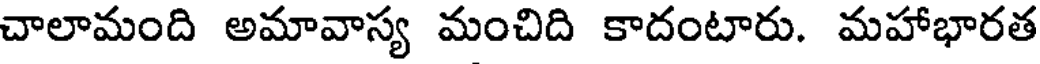
చాలామంది అమావాస్య మంచిది కాదంటారు. మహాభారత